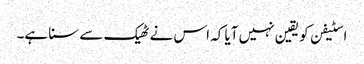
اسٹیفن کو یقین نہیں آیا کہ اس نے ٹھیک سے سنا ہے۔